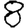
Digit: 8